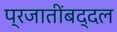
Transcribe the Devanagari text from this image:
प्रजातींबद्दल